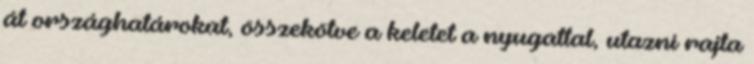
át országhatárokat, összekötve a keletet a nyugattal, utazni rajta